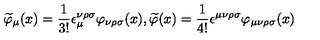
\widetilde { \varphi } _ { \mu } ( x ) = \frac 1 { 3 ! } \epsilon _ { \mu } ^ { \nu \rho \sigma } \varphi _ { \nu \rho \sigma } ( x ) , \widetilde { \varphi } ( x ) = \frac 1 { 4 ! } \epsilon ^ { \mu \nu \rho \sigma } \varphi _ { \mu \nu \rho \sigma } ( x )